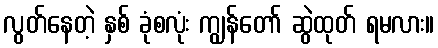
လွတ်နေတဲ့ နှစ် ခုံစလုံး ကျွန်တော် ဆွဲထုတ် ရမလား။